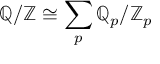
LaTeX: \mathbb { Q } / \mathbb { Z } \cong \sum _ { p } \mathbb { Q } _ { p } / \mathbb { Z } _ { p }